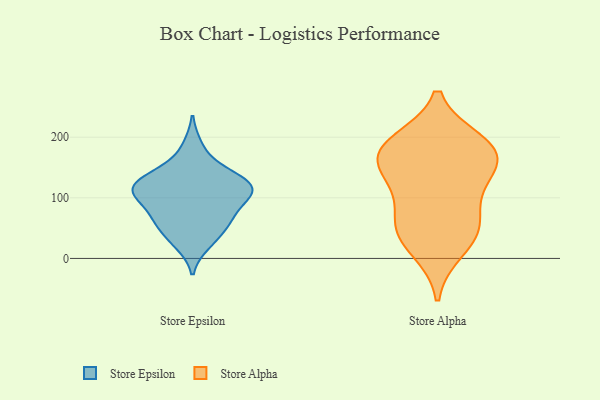
{"axis": {"x": "Production Output", "y": "Value"}, "legend": ["Store Alpha", "Store Epsilon"], "data": [{"x": "", "y": 65, "type": "Store Epsilon"}, {"x": "", "y": 54, "type": "Store Epsilon"}, {"x": "", "y": 111, "type": "Store Epsilon"}, {"x": "", "y": 185, "type": "Store Epsilon"}, {"x": "", "y": 142, "type": "Store Epsilon"}, {"x": "", "y": 128, "type": "Store Epsilon"}, {"x": "", "y": 107, "type": "Store Epsilon"}, {"x": "", "y": 96, "type": "Store Epsilon"}, {"x": "", "y": 32, "type": "Store Epsilon"}, {"x": "", "y": 107, "type": "Store Epsilon"}, {"x": "", "y": 117, "type": "Store Epsilon"}, {"x": "", "y": 116, "type": "Store Epsilon"}, {"x": "", "y": 121, "type": "Store Epsilon"}, {"x": "", "y": 69, "type": "Store Epsilon"}, {"x": "", "y": 67, "type": "Store Epsilon"}, {"x": "", "y": 24, "type": "Store Epsilon"}, {"x": "", "y": 146, "type": "Store Epsilon"}, {"x": "", "y": 162, "type": "Store Alpha"}, {"x": "", "y": 191, "type": "Store Alpha"}, {"x": "", "y": 121, "type": "Store Alpha"}, {"x": "", "y": 180, "type": "Store Alpha"}, {"x": "", "y": 47, "type": "Store Alpha"}, {"x": "", "y": 172, "type": "Store Alpha"}, {"x": "", "y": 180, "type": "Store Alpha"}, {"x": "", "y": 54, "type": "Store Alpha"}, {"x": "", "y": 15, "type": "Store Alpha"}, {"x": "", "y": 58, "type": "Store Alpha"}, {"x": "", "y": 127, "type": "Store Alpha"}]}